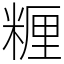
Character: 糎